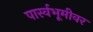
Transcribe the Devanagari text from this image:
पार्स्वभूमीवर